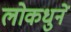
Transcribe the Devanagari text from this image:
लोकधुनें